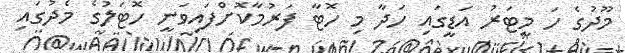
މޫދުގެ ހަ މީޓަރު އަޑީގައި ހަދާ މި ހޮޓާ ފަރުމާކޮށްފައިވަނީ ހޮޓަލުގެ މެދުގައި